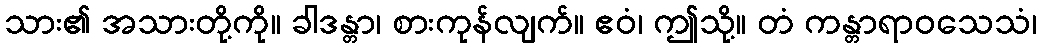
သား၏ အသားတို့ကို။ ခါဒန္တာ၊ စားကုန်လျက်။ ဧဝံ၊ ဤသို့။ တံ ကန္တာရာဝသေသံ၊